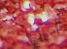
أخذتها